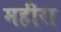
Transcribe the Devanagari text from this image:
महीरा